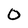
Character: 0